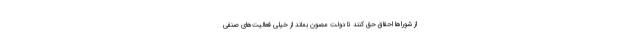
از شوراها احقاق حق کنند تا دولت مصون بماند از خیلی فعالیت‌های صنفی